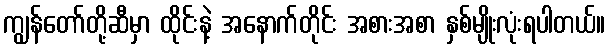
ကျွန်တော်တို့ဆီမှာ ထိုင်းနဲ့ အနောက်တိုင်း အစားအစာ နှစ်မျိုးလုံးရပါတယ်။